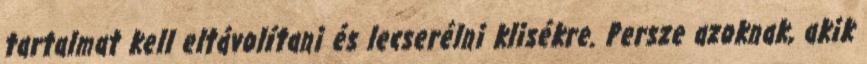
tartalmat kell eltávolítani és lecserélni klisékre. Persze azoknak, akik